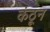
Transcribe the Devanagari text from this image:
कंठून